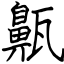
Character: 齀